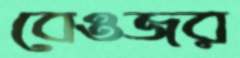
বেওজর